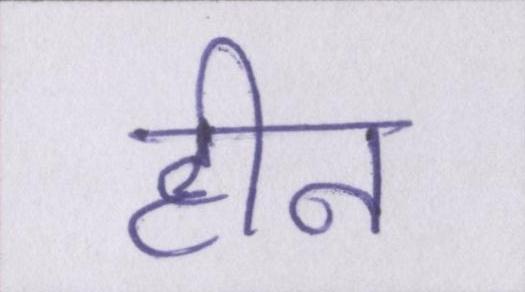
हीन